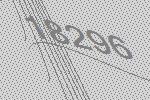
18296